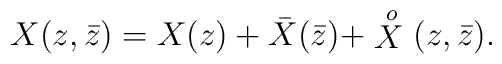
X(z,\bar{z})=X(z) + \bar{X}(\bar{z})             +\stackrel{\, o}{X}(z,\bar{z})  .